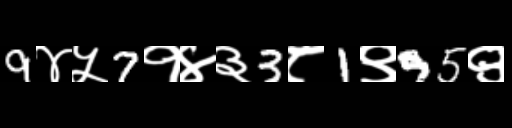
Text: 9४५7१४३3८1९95९